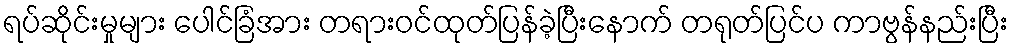
ရပ်ဆိုင်းမှုများ ပေါင်ခြံအား တရားဝင်ထုတ်ပြန်ခဲ့ပြီးနောက် တရုတ်ပြင်ပ ကာဗွန်နည်းပြီး